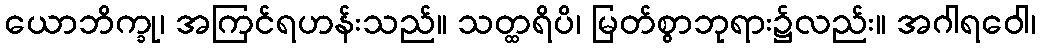
ယောဘိက္ခု၊ အကြင်ရဟန်းသည်။ သတ္ထရိပိ၊ မြတ်စွာဘုရား၌လည်း။ အဂါရဝေါ၊